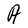
Character: A